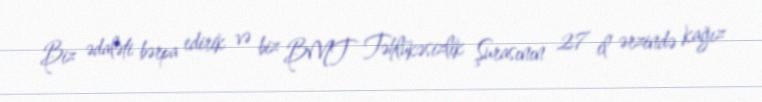
Biz ədaləti bərpa edirik və biz BMT Təhlükəsizlik Şurasının 27 il ərzində kağız